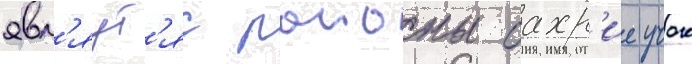
явл'яут'яс раионы бахр'ие учок